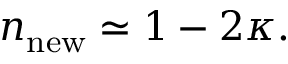
n _ { \mathrm { n e w } } \simeq 1 - 2 \kappa .